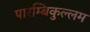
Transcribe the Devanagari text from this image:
पारम्बिकुल्लम